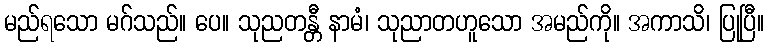
မည်ရသော မဂ်သည်။ ပေ။ သုညတန္တီ နာမံ၊ သုညာတဟူသော အမည်ကို။ အကာသိ၊ ပြုပြီ။